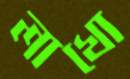
লাখো